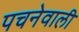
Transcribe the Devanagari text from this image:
पचनेवाली